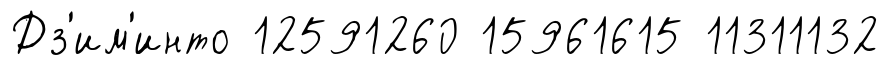
Дз'им'́инто 12591260 15961615 11311132